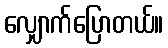
လျှောက်ပြောတယ်။